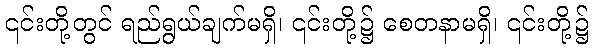
၎င်းတို့တွင် ရည်ရွယ်ချက်မရှိ၊ ၎င်းတို့၌ စေတနာမရှိ၊ ၎င်းတို့၌